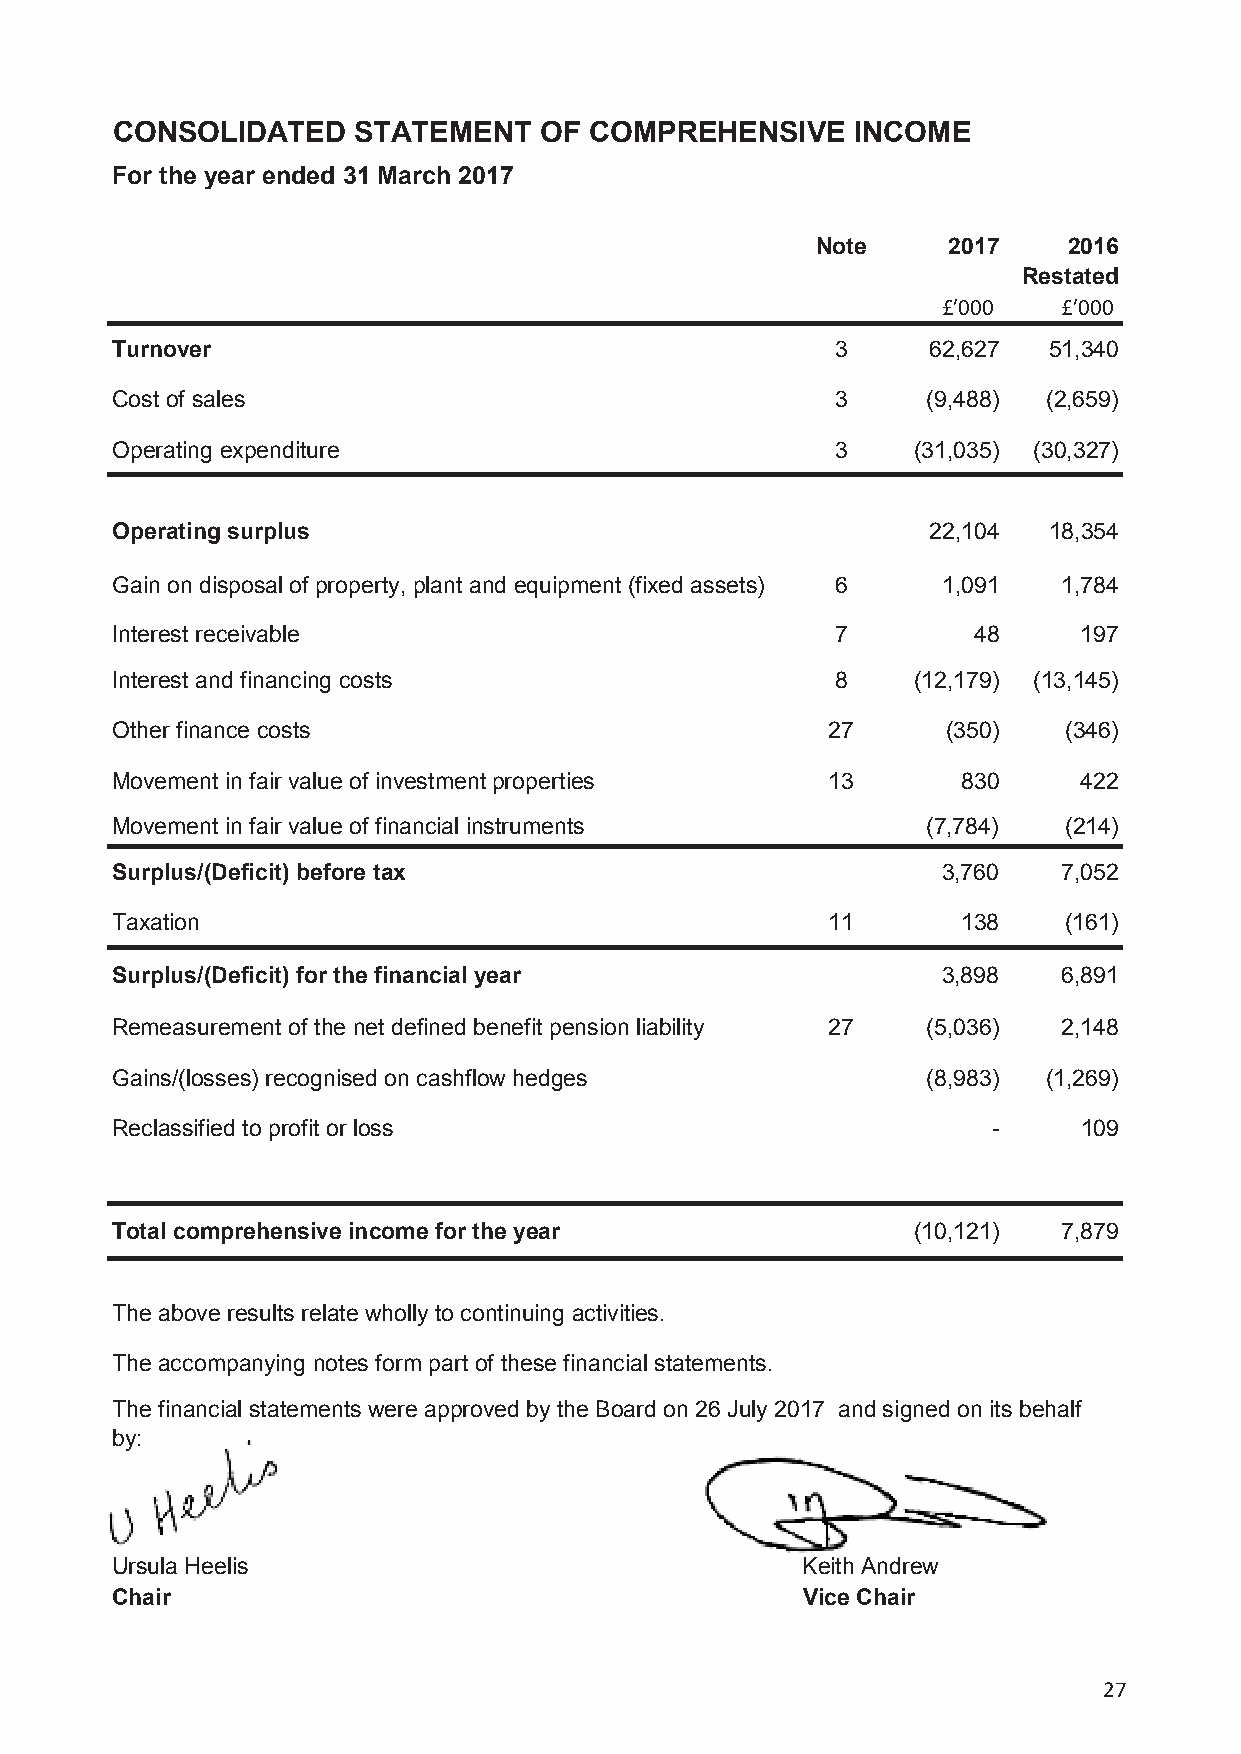
CONSOLIDATED    STATEMENT    OF COMPREHENSIVE    INCOME
 For the year ended 31 March 2017
 Note     2017    2016
 Restated
 £’000   £’000
 Turnover                                        3     62,627  51,340
 Cost of sales                                   3     (9,488) (2,659)
 Operating expenditure                           3    (31,035) (30,327)
 Operating surplus                                     22,104  18,354
 Gain on disposal of property, plant and equipment (fixed assets) 6 1,091 1,784
 Interest receivable                             7        48     197
 Interest and financing costs                    8    (12,179) (13,145)
 Other finance costs                             27      (350)  (346)
 Movement in fair value of investment properties 13       830    422
 Movement in fair value of financial instruments       (7,784)  (214)
 Surplus/(Deficit) before tax                           3,760   7,052
 Taxation                                        11       138   (161)
 Surplus/(Deficit) for the financial year               3,898   6,891
 Remeasurement of the net defined benefit pension liability 27 (5,036) 2,148
 Gains/(losses) recognised on cashflow hedges          (8,983) (1,269)
 Reclassified to profit or loss                             -    109
 Total comprehensive income for the year              (10,121)  7,879
 The above results relate wholly to continuing activities.
 The accompanying notes form part of these financial statements.
 The financial statements were approved by the Board on 26 July 2017 and signed on its behalf
 by:
 Ursula Heelis                                 Keith Andrew
 Chair                                         Vice Chair
 27